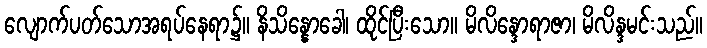
လျောက်ပတ်သောအရပ်နေရာ၌။ နိသိန္နောခေါ၊ ထိုင်ပြီးသော။ မိလိန္ဒောရာဇာ၊ မိလိန္ဒမင်းသည်။